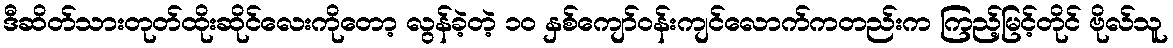
ဒီဆိတ်သားတုတ်ထိုးဆိုင်လေးကိုတော့ လွန်ခဲ့တဲ့ ၁၀ နှစ်ကျော်ဝန်းကျင်လောက်ကတည်းက ကြည့်မြင့်တိုင် ဗိုလ်သူ